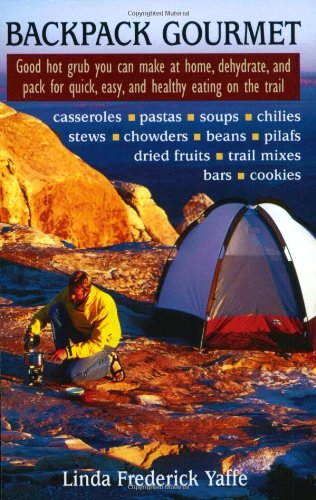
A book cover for Backpack Gourmet: Good Hot Grub You Can Make at Home, Dehydrate, and Pack for Quick,  Easy, and Healthy Eating on the Trail; Linda Frederick Yaffe; Cookbooks, Food & Wine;